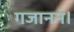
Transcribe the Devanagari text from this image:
गजाननं।